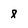
Character: 8